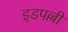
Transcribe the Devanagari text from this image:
इडपल्ली